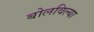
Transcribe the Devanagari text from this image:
बोलविल्या